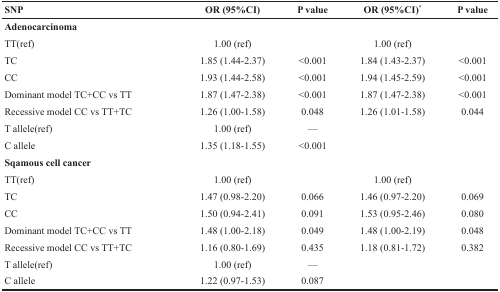
| SNP | OR (95%CI) | P value | OR (95%CI)* | P value |
 | --- | --- | --- | --- | --- |
 | Adenocarcinoma |  |  |  |  |
 | TT(ref) | 1.00 (ref) |  | 1.00 (ref) |  |
 | TC | 1.85 (1.44-2.37) | <0.001 | 1.84 (1.43-2.37) | <0.001 |
 | CC | 1.93 (1.44-2.58) | <0.001 | 1.94 (1.45-2.59) | <0.001 |
 | Dominant model TC+CC vs TT | 1.87 (1.47-2.38) | <0.001 | 1.87 (1.47-2.38) | <0.001 |
 | Recessive model CC vs TT+TC | 1.26 (1.00-1.58) | 0.048 | 1.26 (1.01-1.58) | 0.044 |
 | T allele(ref) | 1.00 (ref) | — |  |  |
 | C allele | 1.35 (1.18-1.55) | <0.001 |  |  |
 | Sqamous cell cancer |  |  |  |  |
 | TT(ref) | 1.00 (ref) |  | 1.00 (ref) |  |
 | TC | 1.47 (0.98-2.20) | 0.066 | 1.46 (0.97-2.20) | 0.069 |
 | CC | 1.50 (0.94-2.41) | 0.091 | 1.53 (0.95-2.46) | 0.080 |
 | Dominant model TC+CC vs TT | 1.48 (1.00-2.18) | 0.049 | 1.48 (1.00-2.19) | 0.048 |
 | Recessive model CC vs TT+TC | 1.16 (0.80-1.69) | 0.435 | 1.18 (0.81-1.72) | 0.382 |
 | T allele(ref) | 1.00 (ref) | — |  |  |
 | C allele | 1.22 (0.97-1.53) | 0.087 |  |  |